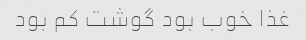
غذا خوب بود گوشت کم بود